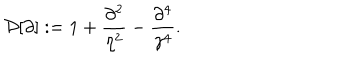
{ \cal D } [ \partial ] : = 1 + { \frac { \partial ^ { 2 } } { \eta ^ { 2 } } } - { \frac { \partial ^ { 4 } } { \gamma ^ { 4 } } } .